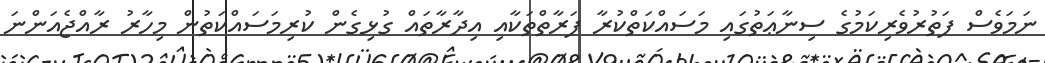
ނަމަވެސް ފަތުރުވެރިކަމުގެ ސިނާޢަތުގައި މަސައްކަތްކުރާ ފަރާތްތަކާއި އިދާރާތައް ގުޅިގެން ކުރިމަސައްކަތުން މިހާރު ރާއްޖެއަންނަ